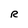
Character: R